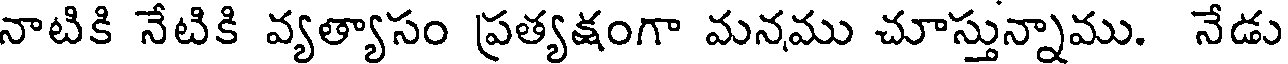
నాటికి నేటికి వ్యత్యాసం ప్రత్యక్షంగా మనము చూస్తున్నాము. నేడు